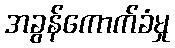
အခွန်ကောက်ခံမှု